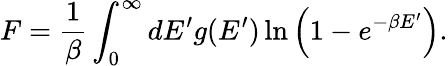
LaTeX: F={\frac{1}{\beta}}\int_{0}^{\infty}dE^{\prime}g(E^{\prime})\, \mathrm{ln}\left(1-e^{-\beta E^{\prime}}\right).